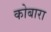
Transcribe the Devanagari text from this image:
कोबारा